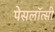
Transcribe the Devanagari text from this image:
पेसलॉत्सी